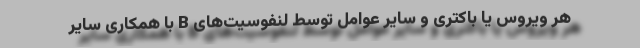
هر ویروس یا باکتری و سایر عوامل توسط لنفوسیت‌های B با همکاری سایر